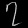
Digit: ၇